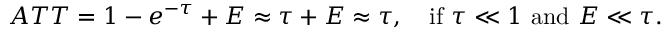
A T T = 1 - e ^ { - \tau } + E \approx \tau + E \approx \tau , \quad { \mathrm { i f } } \ \tau \ll 1 \ { \mathrm { a n d } } \ E \ll \tau .